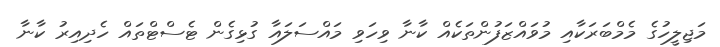
މަޖިލީހުގެ މެމްބަރަކާއި މުވައްޒަފުންތަކެއް ކާނާ ވިހަވި މައްސަލައާ ގުޅިގެން ޓެސްޓްތައް ހެދިއިރު ކާނާ